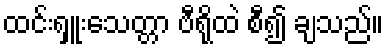
ထင်းရှူးသေတ္တာ ဗီရိုထဲ စီ၍ ချသည်။